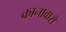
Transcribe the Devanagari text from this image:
कानावारो